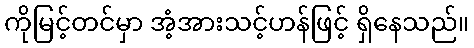
ကိုမြင့်တင်မှာ အံ့အားသင့်ဟန်ဖြင့် ရှိနေသည်။